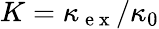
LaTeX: K=\kappa_{\mathrm{~e~x~}}/\kappa_{0}